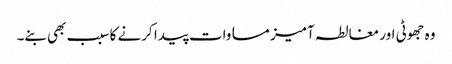
وہ جھوٹی اور مغالطہ آمیز مساوات پیدا کرنے کا سبب بھی بنے۔